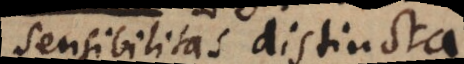
sensibilitas distincta.